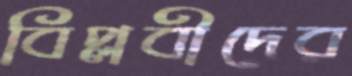
বিপ্লবীদের